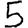
Digit: 5